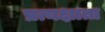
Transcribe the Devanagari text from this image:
प्रत्यक्षाता